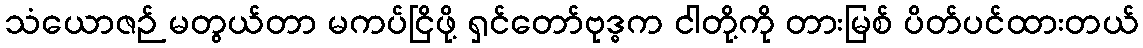
သံယောဇဉ် မတွယ်တာ မကပ်ငြိဖို့ ရှင်တော်ဗုဒ္ဓက ငါတို့ကို တားမြစ် ပိတ်ပင်ထားတယ်